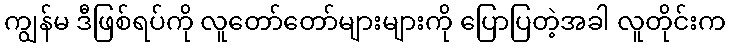
ကျွန်မ ဒီဖြစ်ရပ်ကို လူတော်တော်များများကို ပြောပြတဲ့အခါ လူတိုင်းက